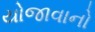
યોજાવાનો